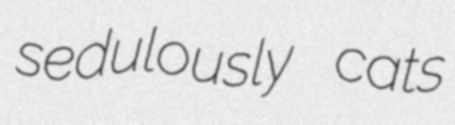
sedulously cats